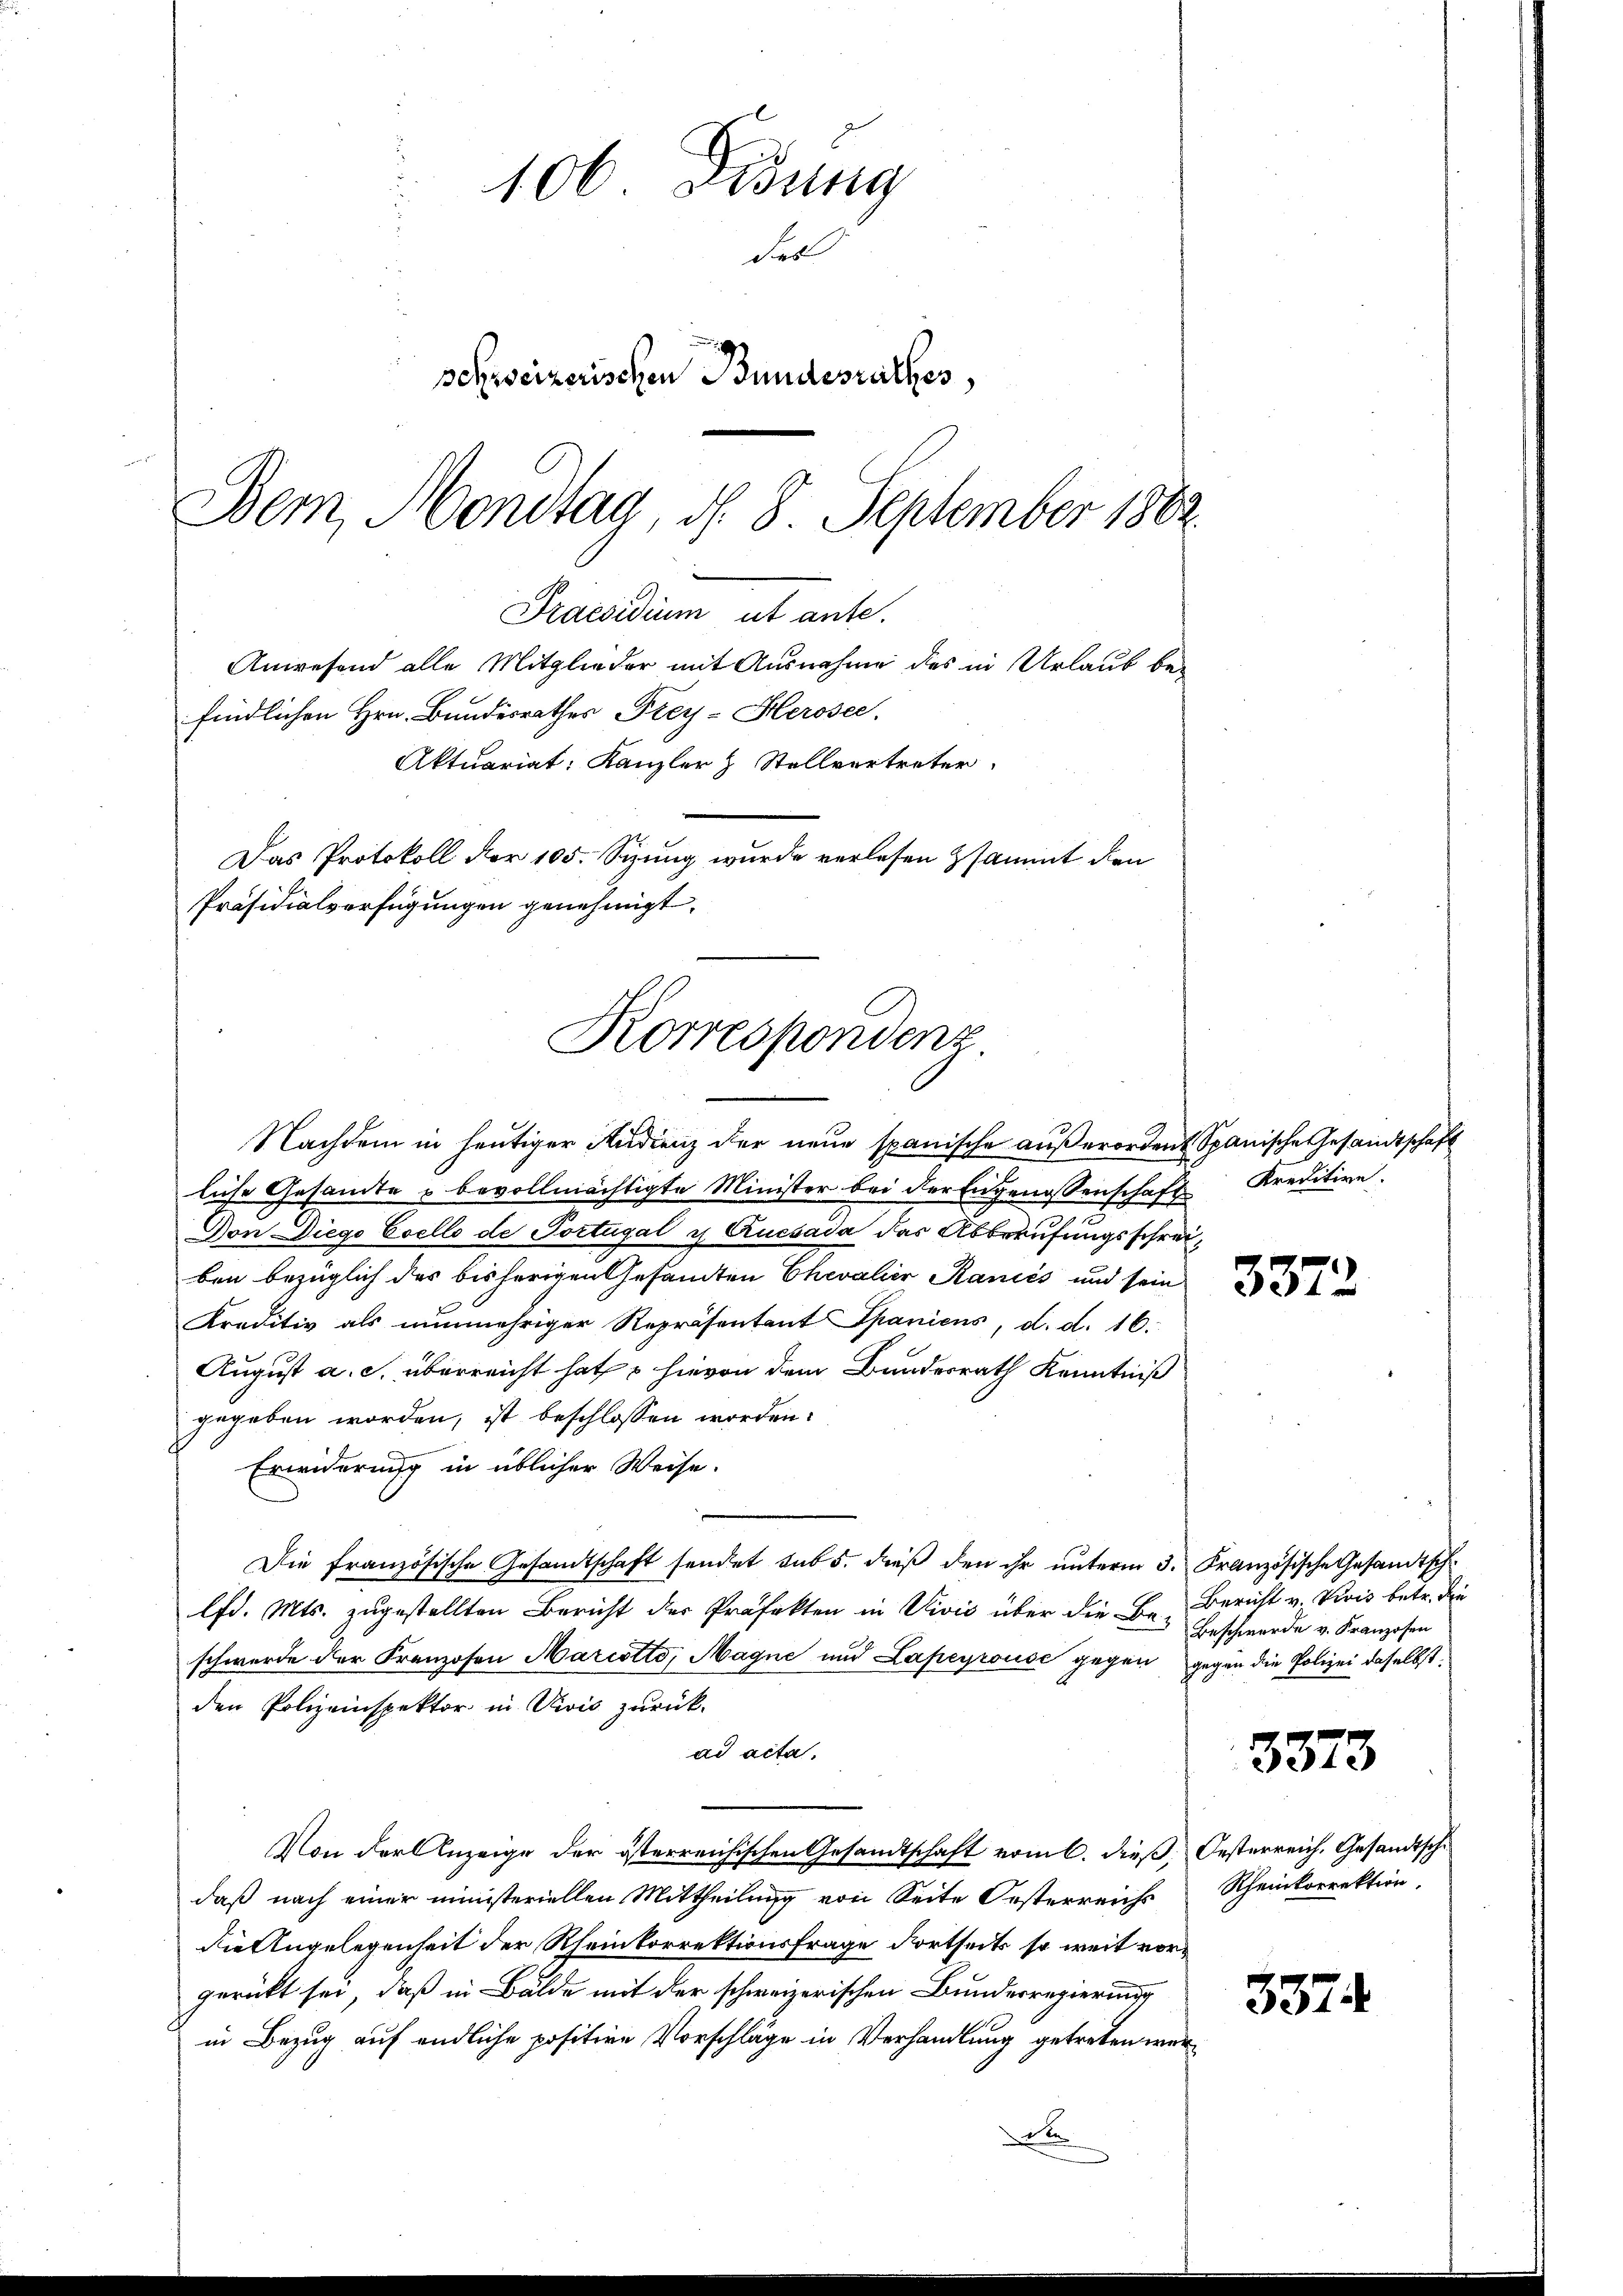
Praesidium ut ante.
Anwesend alle Mitglieder mit Ausnahme des in Urlaub befindlichen Hrn. Bundesrathes Frey-Herosee.
Das Protokoll der 105. Sizung wurde verlesen sammt den
Präsidialverfügungen genehmigt.
Korrespondenz.

106 Didung
Fel
sehweizerischen Bundesrathes,
Bem, Montag, d. 8. September 1862

Aktuariat Kanzler & Stellvertreter

Nachdem in heutiger Audienz der neue spanische außerordent Spanische Gesandtschaft
liche Gesamte u bevollmächtigte Minister bei der Engenossenschaft Kreditive.
Von Diego Esells de Portugal u Quesada das Abberufungsschreiben bezüglich der bisherigen Gesamten Chevalier Kancés und sein
Kraditiv als nunmehriger Repräsentant Spaniens, d. d. 16.
August a. c. überreicht hat hievon dem Bundesrath Kenntniß
gegeben worden, ist beschlossen worden.
Erwiderung in üblicher Weise.
Die französische Gesandtschaft sendet sub 5. dieß den ihr unterm 3. Französische Gesandtschlfd. Mts. zugestellten Bericht der Präfekten in Vivić über die Be-
schwerde der Franzosen Marcotto, Magne und Lapeyrouse gegen gegen die Polizei daselbst
den Polizeinspektor in Divis zurück-
ad acta.
Von der Anzeige der österreichischen Gesandtschaft vom 6. dieß, Oesterreich, Gesandtsch
daß nach einer ministeriellen Mittheilung von Seite Oesterreichs Rheinkorrektion,
die Angelegenheit der Rheinkorrektionsfrage dortseits so weit vorgerückt sei, daß in Bälde mit der schweizerischen Bundesregierung
in Bezug auf endliche positive Vorschläge in Verhandlung getreten were

3372

Bericht v. Divis betr. die
Beschwerde v. Franzosen

3373

337.